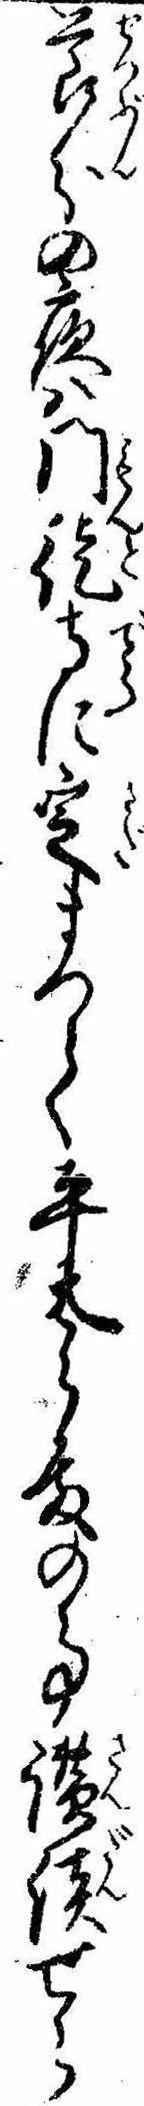
節分の夜は門徒寺に定まつて平太郎殿の事讃談せら